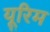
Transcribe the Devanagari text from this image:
यूरिम